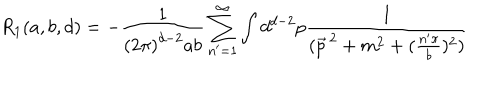
R _ { 1 } ( a , b , d ) = - \frac { 1 } { \left( 2 \pi \right) ^ { d - 2 } a b } \sum _ { n ^ { \prime } = 1 } ^ { \infty } \int d ^ { d - 2 } p \frac { 1 } { ( \vec { p } ^ { \, 2 } + m ^ { 2 } + ( \frac { n ^ { \prime } \pi } { b } ) ^ { 2 } ) }